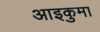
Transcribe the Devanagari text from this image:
आइकुमा